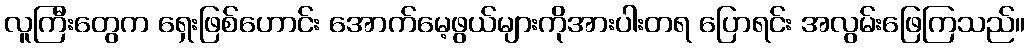
လူကြီးတွေက ရှေးဖြစ်ဟောင်း အောက်မေ့ဖွယ်များကိုအားပါးတရ ပြောရင်း အလွမ်းဖြေကြသည်။